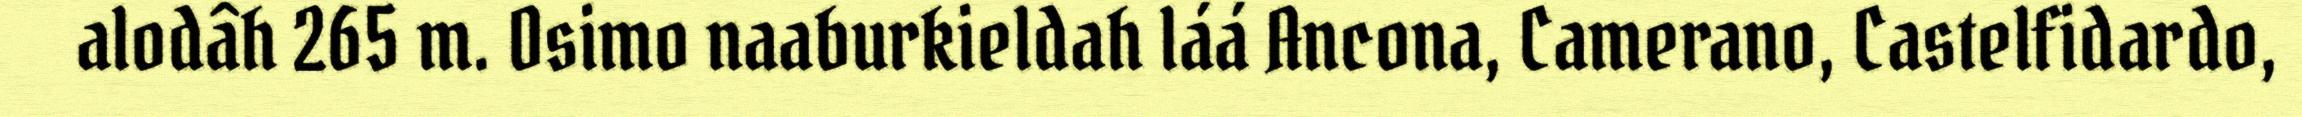
alodâh 265 m. Osimo naaburkieldah láá Ancona, Camerano, Castelfidardo,